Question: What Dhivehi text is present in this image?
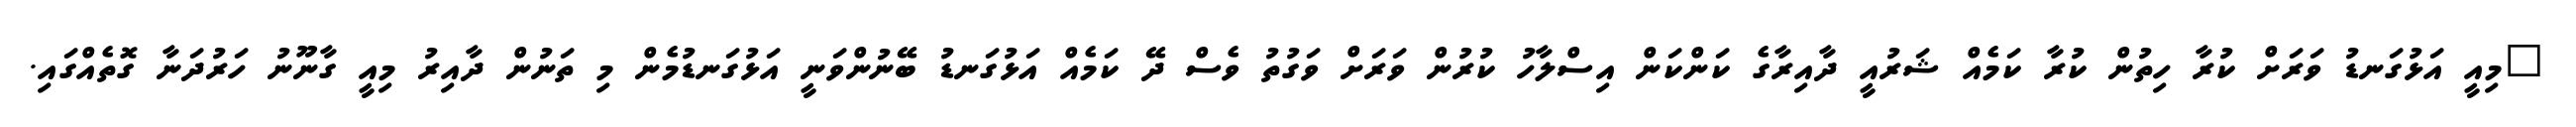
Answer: "މިއީ އަޅުގަނޑު ވަރަށް ކުރާ ހިތުން ކުރާ ކަމެއް ޝަރުއީ ދާއިރާގެ ކަންކަން އިސްލާހު ކުރުން ވަރަށް ވަގުތު ވެސް ދޭ ކަމެއް އަޅުގަނޑު ބޭނުންވަނީ އަޅުގަނޑުމެން މި ތަނުން ދާއިރު މިއީ ގާނޫނު ހަރުދަނާ ގޮތެއްގައި.